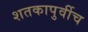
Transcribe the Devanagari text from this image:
शतकापुर्वीच